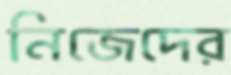
নিজেদের